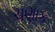
ચણાક